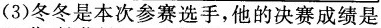
(3)冬冬是本次参赛选手，他的决赛成绩是